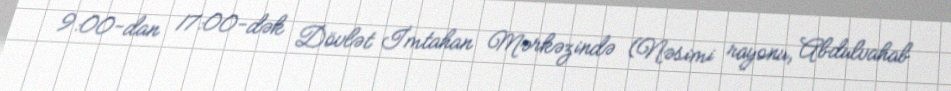
9:00-dan 17:00-dək Dövlət İmtahan Mərkəzində (Nəsimi rayonu, Abdulvahab